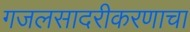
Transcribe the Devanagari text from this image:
गजलसादरीकरणाचा